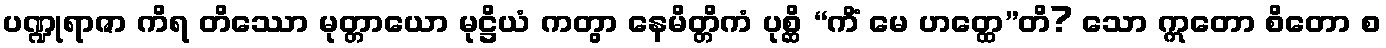
ပဏ္ဍုရာဇာ ကိရ တိဿော မုတ္တာယော မုဋ္ဌိယံ ကတွာ နေမိတ္တိကံ ပုစ္ဆိ “ကိံ မေ ဟတ္ထေ”တိ? သော ဣတော စိတော စ